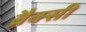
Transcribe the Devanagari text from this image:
ब्रैक्सी